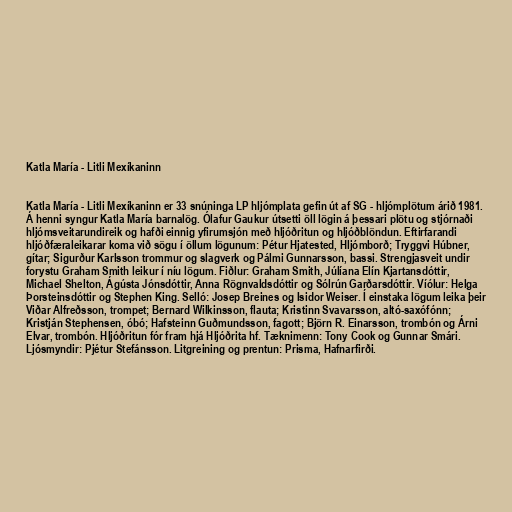
Katla María - Litli Mexíkaninn

Katla María - Litli Mexíkaninn er 33 snúninga LP hljómplata gefin út af SG - hljómplötum árið 1981.
Á henni syngur Katla María barnalög. Ólafur Gaukur útsetti öll lögin á þessari plötu og stjórnaði
hljómsveitarundireik og hafði einnig yfirumsjón með hljóðritun og hljóðblöndun. Eftirfarandi
hljóðfæraleikarar koma við sögu í öllum lögunum: Pétur Hjatested, Hljómborð; Tryggvi Húbner,
gítar; Sigurður Karlsson trommur og slagverk og Pálmi Gunnarsson, bassi. Strengjasveit undir
forystu Graham Smith leikur í níu lögum. Fiðlur: Graham Smith, Júlíana Elín Kjartansdóttir,
Michael Shelton, Ágústa Jónsdóttir, Anna Rögnvaldsdóttir og Sólrún Garðarsdóttir. Víólur: Helga
Þorsteinsdóttir og Stephen King. Selló: Josep Breines og Isidor Weiser. Í einstaka lögum leika þeir
Viðar Alfreðsson, trompet; Bernard Wilkinsson, flauta; Kristinn Svavarsson, altó-saxófónn;
Kristján Stephensen, óbó; Hafsteinn Guðmundsson, fagott; Björn R. Einarsson, trombón og Árni
Elvar, trombón. Hljóðritun fór fram hjá Hljóðrita hf. Tæknimenn: Tony Cook og Gunnar Smári.
Ljósmyndir: Pjétur Stefánsson. Litgreining og prentun: Prisma, Hafnarfirði.